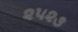
૨૫૨૩